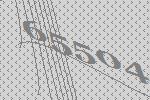
65504